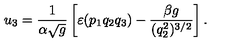
u _ { 3 } = \frac { 1 } { \alpha \sqrt { g } } \left[ \varepsilon ( p _ { 1 } q _ { 2 } q _ { 3 } ) - \frac { \beta g } { ( q _ { 2 } ^ { 2 } ) ^ { 3 / 2 } } \right] .